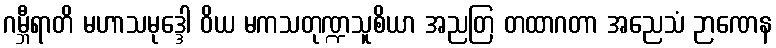
ဂမ္ဘီရာတိ မဟာသမုဒ္ဒေါ ဝိယ မကသတုဏ္ဍသူစိယာ အညတြ တထာဂတာ အညေသံ ဉာဏေန